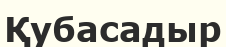
Қубасадыр